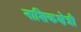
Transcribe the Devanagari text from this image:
नाशिकक्षेत्री